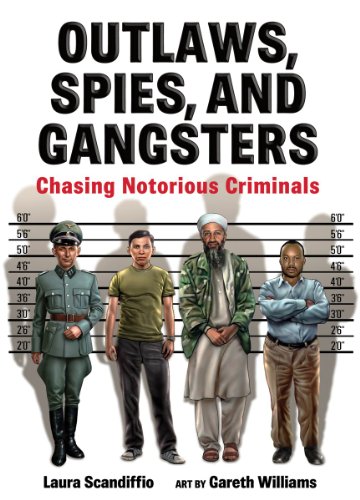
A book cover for Outlaws, Spies, and Gangsters: Chasing Notorious Criminals; Laura Scandiffio; Children's Books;